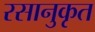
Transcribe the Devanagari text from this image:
रसानुकृत